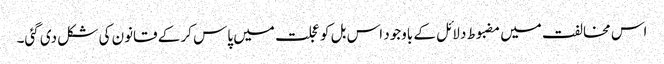
اس مخالفت میں مضبوط دلائل کے باوجود اس بل کو عجلت میں پاس کر کے قانون کی شکل دی گئی۔